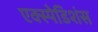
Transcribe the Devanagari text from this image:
एक्स्पेडिशंस